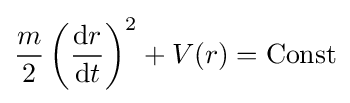
{{\frac {m}{2}}\left({\frac {{\text{d}}r}{{\text{d}}t}}\right)^{2}+V(r)=\mathrm {Const} }